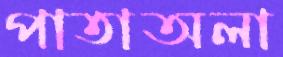
পাতাঅলা